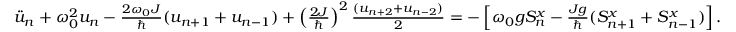
\begin{array} { r } { \ddot { u } _ { n } + \omega _ { 0 } ^ { 2 } u _ { n } - \frac { 2 \omega _ { 0 } J } { \hbar } ( u _ { n + 1 } + u _ { n - 1 } ) + \left( \frac { 2 J } { \hbar } \right) ^ { 2 } \frac { ( u _ { n + 2 } + u _ { n - 2 } ) } { 2 } = - \left[ \omega _ { 0 } g S _ { n } ^ { x } - \frac { J g } { \hbar } ( S _ { n + 1 } ^ { x } + S _ { n - 1 } ^ { x } ) \right] . } \end{array}